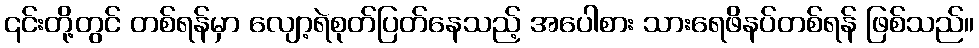
၎င်းတို့တွင် တစ်ရန်မှာ လျော့ရဲစုတ်ပြတ်နေသည့် အပေါစား သားရေဖိနပ်တစ်ရန် ဖြစ်သည်။